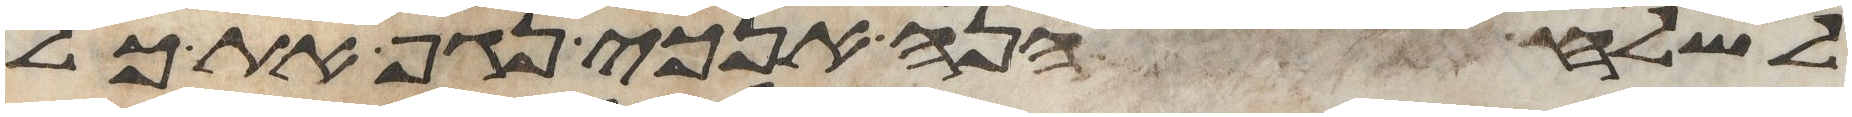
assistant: לשלח הנה אנכי נגף את כל